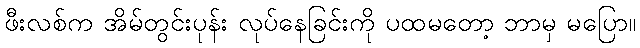
ဖီးလစ်က အိမ်တွင်းပုန်း လုပ်နေခြင်းကို ပထမတော့ ဘာမှ မပြော။